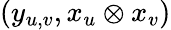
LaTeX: (y_{u,v},x_{u}\otimes x_{v})